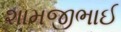
શામજીભાઈ